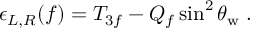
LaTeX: \epsilon _ { L , R } ( f ) = T _ { 3 f } - Q _ { f } \sin ^ { 2 } \theta _ { \mathrm { w } } \; .